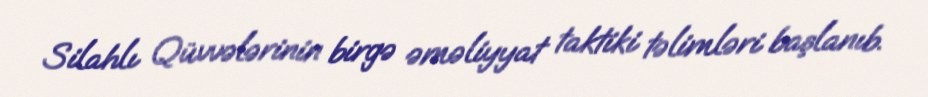
Silahlı Qüvvələrinin birgə əməliyyat taktiki təlimləri başlanıb.